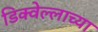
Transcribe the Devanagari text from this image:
डिक्वेल्लाच्या